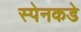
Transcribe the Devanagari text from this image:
स्पेनकडे